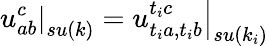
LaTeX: \left.u_{ab}^{c}\right|_{su(k)}=\left.u_{t_{i}a,t_{i}b}^{t_{i}c}\right|_{su(k_{i})}